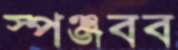
স্পঞ্জবব